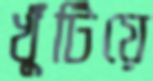
খুঁটিয়ে